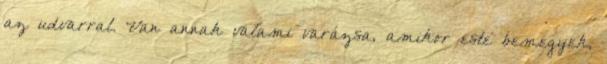
az udvarral. Van annak valami varázsa, amikor este bemegyek,